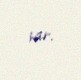
var.